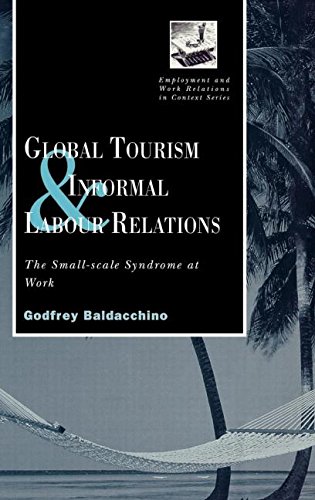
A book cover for Global Tourism and Informal Labour Relations: The Small Scale Syndrome at Work (Routledge Studies in Employment and Work Relations in Context); Godfrey Baladacchino; Travel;